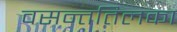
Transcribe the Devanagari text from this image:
वसन्ततिलका